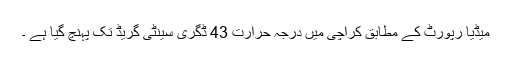
میڈیا رپورٹ کے مطابق کراچی میں درجہ حرارت 43 ڈگری سینٹی گریڈ تک پہنچ گیا ہے ۔